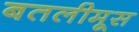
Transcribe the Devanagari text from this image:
बतलीमूस